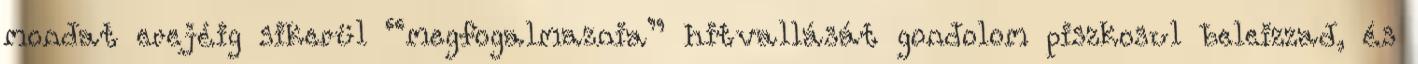
mondat erejéig sikerül “megfogalmaznia” hitvallását gondolom piszkosul beleizzad, és